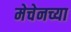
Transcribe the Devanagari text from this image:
मेचेनच्या